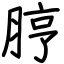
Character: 脝